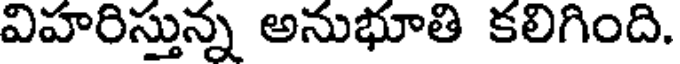
విహరిస్తున్న అనుభూతి కలిగింది.